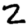
Digit: 2